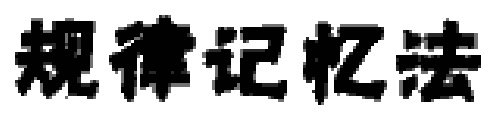
规律记忆法